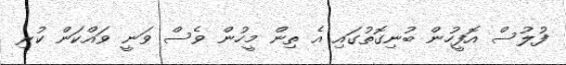
ފުލުސް އޮފީހުން ބުނިގޮތުގައި އެ ތިން މީހުން ވެސް ވަނީ ވައްކަން ކުރި